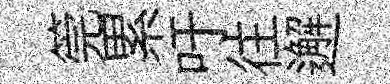
筦累吁往邂